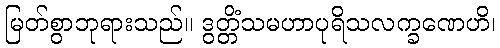
မြတ်စွာဘုရားသည်။ ဒွတ္တိံသမဟာပုရိသလက္ခဏေဟိ၊